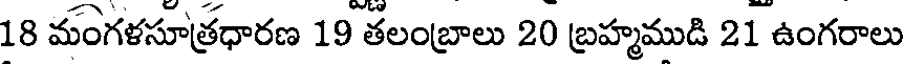
18 మంగళసూత్రధారణ 19 తలంబ్రాలు 20 బ్రహ్మముడి 21 ఉంగరాలు